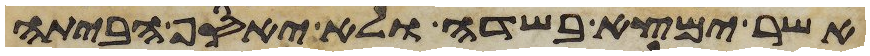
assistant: אשר ימצא בשדה ולא יאסף הביתה